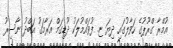
އުމްރާ ގްރޫޕުގެ ހަވާލުގައި ދިޔަ ޏ. ފުވައްމުލަކު ދޫޑިގަމް އަރާމަގު އަބްދު ނާސިރު